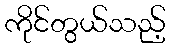
ကိုင်တွယ်သည့်